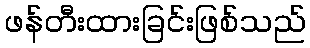
ဖန်တီးထားခြင်းဖြစ်သည်